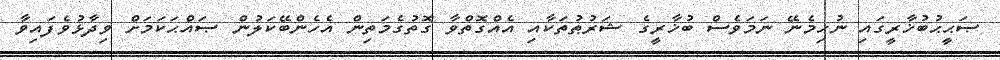
ޞަޙީޙުބުޚާރީގައި ނުހިމެނޭ ނަމަވެސް ބުޚާރީގެ ޝަރުޠުތަކާއި އެއްގޮތްވާ ގޮތުގެމަތިން އެހެންބޭކަލުން ޞައްޙަކަމަށް ވިދާޅުވެފައިވާ